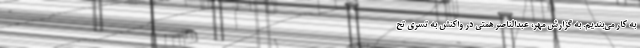
به کار می‌بندیم. به گزارش مهر، عبدالناصر همتی در واکنش به تسری تح